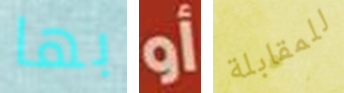
بها أو للمقابلة